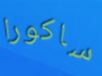
ساكورا